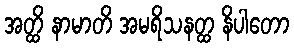
အတ္ထိ နာမာတိ အမရိသနတ္ထ နိပါတော